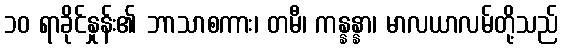
၁၀ ရာခိုင်နှုန်း၏ ဘာသာစကား၊ တမီ၊ ကန္နန္နာ၊ မာလယာလမ်တို့သည်